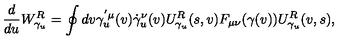
{ \frac { d } { d u } } W _ { \gamma _ { u } } ^ { R } = \oint d v \gamma _ { u } ^ { ' \mu } ( v ) \dot { \gamma } _ { u } ^ { \nu } ( v ) U _ { \gamma _ { u } } ^ { R } ( s , v ) F _ { \mu \nu } ( \gamma ( v ) ) U _ { \gamma _ { u } } ^ { R } ( v , s ) ,